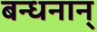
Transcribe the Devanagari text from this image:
बन्धनान्